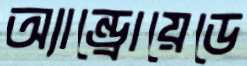
অ্যান্ড্রোয়েডে